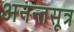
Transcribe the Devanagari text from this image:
अनन्तसूत्र